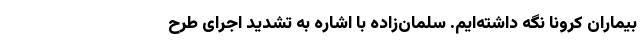
بیماران کرونا نگه داشته‌ایم. سلمان‌زاده با اشاره به تشدید اجرای طرح